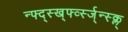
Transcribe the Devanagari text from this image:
न्फ्द्स्ख्र्फ्व्स्ज्न्स्क्ल्